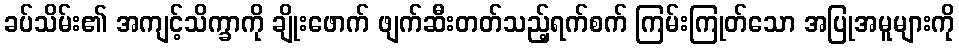
ခပ်သိမ်း၏ အကျင့်သိက္ခာကို ချိုးဖောက် ဖျက်ဆီးတတ်သည့်ရက်စက် ကြမ်းကြုတ်သော အပြုအမူများကို